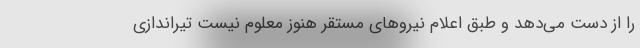
را از دست می‌دهد و طبق اعلام نیروهای مستقر هنوز معلوم نیست تیراندازی